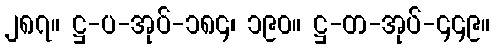
၂၈၇။ ဋ္ဌ-ပ-အုပ်-၁၈၄၊ ၁၉၀။ ဋ္ဌ-တ-အုပ်-၄၄၉။